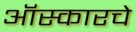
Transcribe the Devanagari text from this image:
ऑस्कारचे